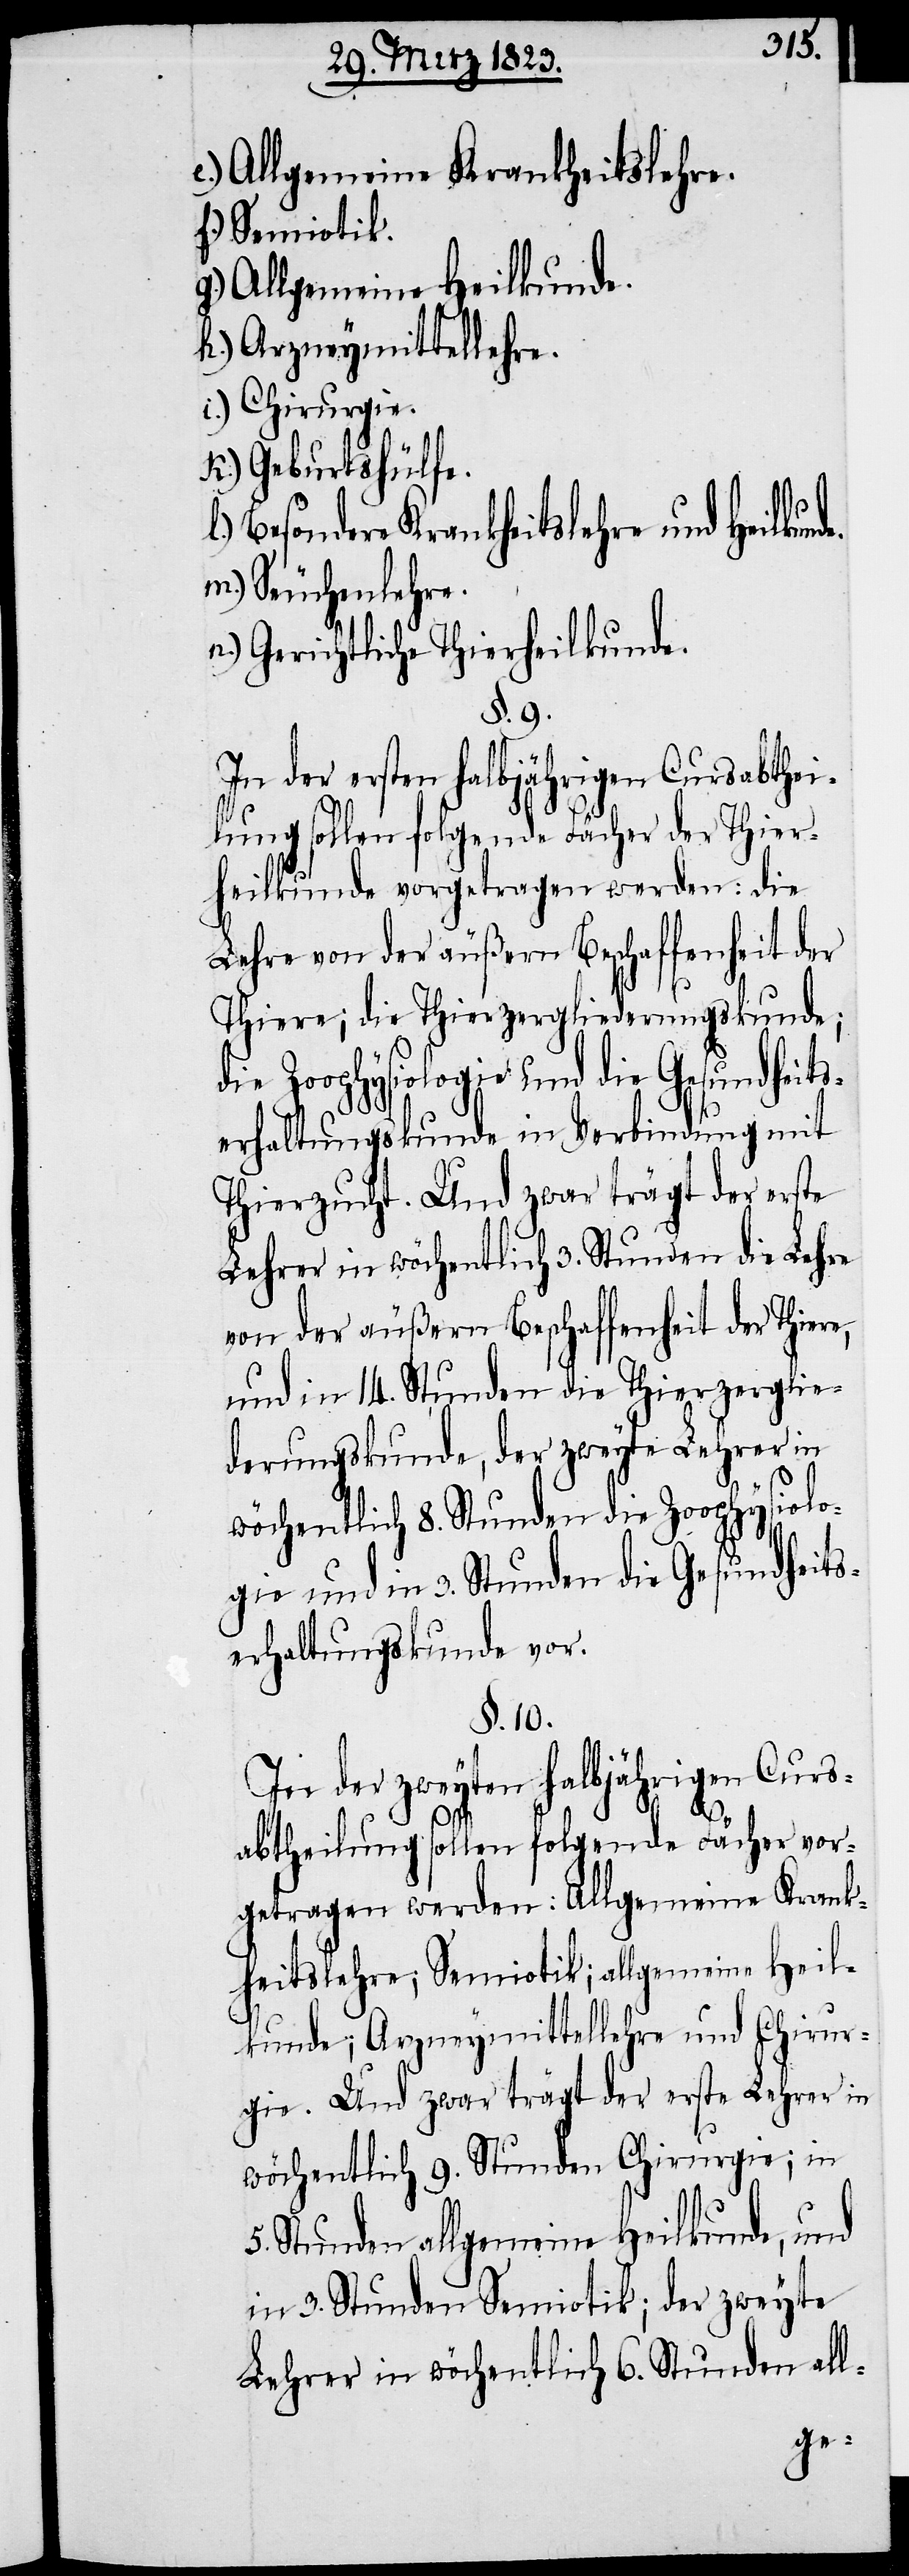
e.) Allgemeine Krankheitslehre.
f.) Semiotik.
Heilkunde.
g.) Allgemeine
h.) Arzneymittellehre.
i.) Chirurgie.
K.) Geburtshülfe.
Besondere Krankheitslehre und Heilkun¬
m.) Seuchenlehre.
n.) Gerichtliche Thierheilkunde.
§. 9.
In der ersten halbjährigen Cursabthei¬
lung sollen folgende Fächer der Thier¬
heilkunde vorgetragen werden: die
Lehre von der äußern Beschaffenheit der
Thiere; die Thierzergliederungskunde;
die Zoophysiologie und die Gesundheits¬
erhaltungskunde in Verbindung mit
Thierzucht. Und zwar trägt der erste
Lehrer in wöchentlich 3. Stunden die Lehre
von der äußern Beschaffenheit der Thiere,
und in 14. Stunden die Thierzerglie¬
derungskunde, der zweyte Lehrer in
wöchentlich 8. Stunden die Zoophysiolo¬
gie und in 3. Stunden die Gesundheits¬
erhaltungskunde vor.
§. 10.
In der zweyten halbjährigen Curs¬
de.
abtheilung sollen folgende Fächer vor¬
getragen werden: Allgemeine Krank¬
heitslehre; Semiotik; allgemeine Heil¬
kunde; Arzneymittellehre und Chirur¬
gie. Und zwar trägt der erste Lehrer in
wöchentlich 9. Stunden Chirurgie; in
5. Stunden allgemeine Heilkunde, und
in 3. Stunden Semiotik; der zweyte
Lehrer in wöchentlich 6. Stunden all-